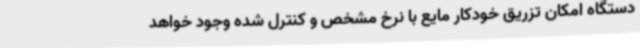
دستگاه امکان تزریق خودکار مایع با نرخ مشخص و کنترل شده وجود خواهد